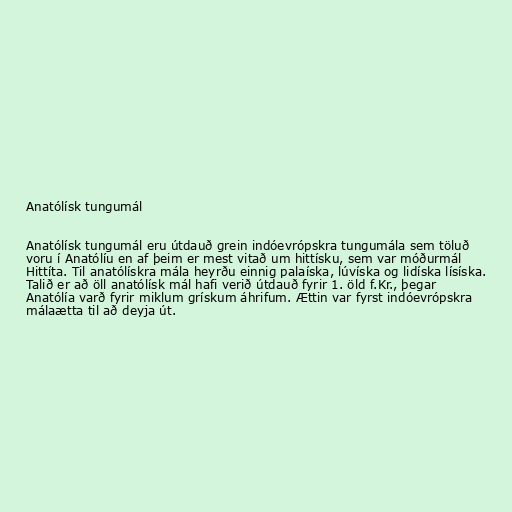
Anatólísk tungumál

Anatólísk tungumál eru útdauð grein indóevrópskra tungumála sem töluð
voru í Anatólíu en af þeim er mest vitað um hittísku, sem var móðurmál
Hittíta. Til anatólískra mála heyrðu einnig palaíska, lúvíska og lidíska lísíska.
Talið er að öll anatólísk mál hafi verið útdauð fyrir 1. öld f.Kr., þegar
Anatólía varð fyrir miklum grískum áhrifum. Ættin var fyrst indóevrópskra
málaætta til að deyja út.